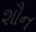
શૌન